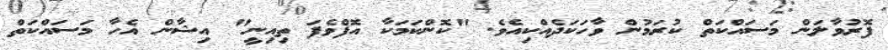
ފޮރުވާލަން މަސައްކަތް ކުރަމުން ވާހަކަދެއްކިއެވެ. "ކޮންކަމަކާ އޮފްވެފަ ތިއިނީ" އިޝާން އެހާ މަސައްކަތް